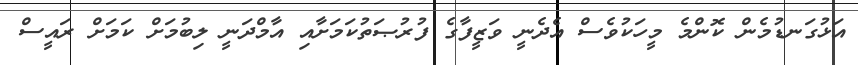
އަޅުގަނޑުމެން ކޮންމެ މީހަކުވެސް އެދެނީ ވަޒީފާގެ ފުރުޞަތުކަމަށާއި އާމްދަނީ ލިބުމަށް ކަމަށް ރައީސް